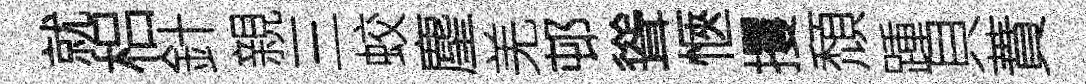
就梠針親三蛟麈羌邨聳愜攫頹踵貝蕡